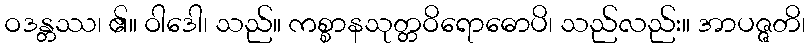
ဝဒန္တဿ၊ ၏။ ဝါဒေါ၊ သည်။ ကစ္စာနသုတ္တဝိရောဓောပိ၊ သည်လည်း။ အာပဇ္ဇတိ၊